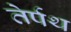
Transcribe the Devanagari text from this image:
तेर्पथ